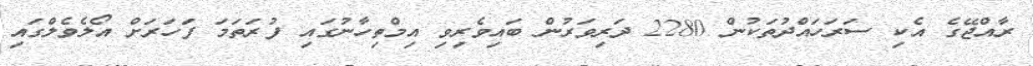
ރާއްޖޭގެ އެކި ސަރަހައްދުތަކުން 2280 ދަރިވަރުން ބައިވެރިވި އިމްތިހާނުގައި ފުރަތަމަ ފަހަރަށް އޯލެވެލްގައި